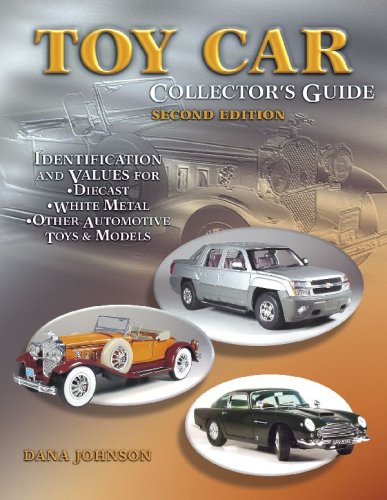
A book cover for Toy Car Collector's Guide: Identification and Values, Identification and Values for Diecast, White Metal, Other Automotive Toys & Models, Second Edition; Dana Johnson; Crafts, Hobbies & Home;